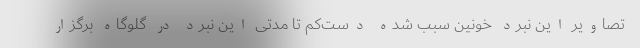
تصاویر این نبرد خونین سبب شده دست‌کم تا مدتی این نبرد در گلوگاه برگزار